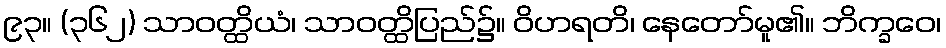
၉၃။ (၃၆၂) သာဝတ္ထိယံ၊ သာဝတ္ထိပြည်၌။ ဝိဟရတိ၊ နေတော်မူ၏။ ဘိက္ခဝေ၊